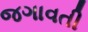
જગાવતી